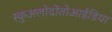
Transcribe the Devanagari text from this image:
स्कुअलोदोंतोआईडिया